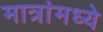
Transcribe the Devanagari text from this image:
मात्रांमध्ये